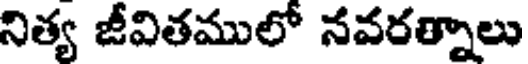
నిత్య జీవితములో నవరత్నాలు